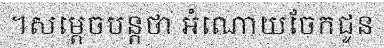
។សម្តេចបន្តថា អំណោយចែកជូន